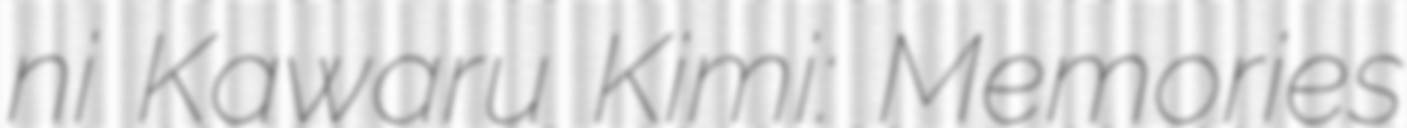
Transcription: ni Kawaru Kimi: Memories